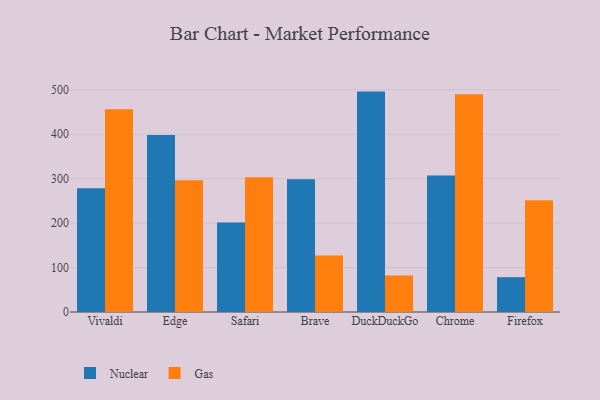
{"axis": {"x": "Browser", "y": "Website Visitors"}, "legend": ["Gas", "Nuclear"], "data": [{"x": "Vivaldi", "y": 278.4, "type": "Nuclear"}, {"x": "Vivaldi", "y": 456.0, "type": "Gas"}, {"x": "Edge", "y": 398.0, "type": "Nuclear"}, {"x": "Edge", "y": 296.2, "type": "Gas"}, {"x": "Safari", "y": 201.5, "type": "Nuclear"}, {"x": "Safari", "y": 303.0, "type": "Gas"}, {"x": "Brave", "y": 298.7, "type": "Nuclear"}, {"x": "Brave", "y": 127.3, "type": "Gas"}, {"x": "DuckDuckGo", "y": 495.8, "type": "Nuclear"}, {"x": "DuckDuckGo", "y": 82.1, "type": "Gas"}, {"x": "Chrome", "y": 307.2, "type": "Nuclear"}, {"x": "Chrome", "y": 490.0, "type": "Gas"}, {"x": "Firefox", "y": 78.3, "type": "Nuclear"}, {"x": "Firefox", "y": 251.2, "type": "Gas"}]}